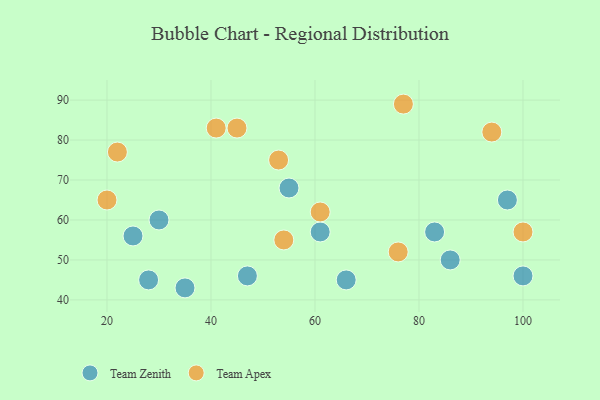
{"axis": {"x": "GDP", "y": "Life Expectancy"}, "legend": ["Team Apex", "Team Zenith"], "data": [{"x": "86", "y": 50, "type": "Team Zenith"}, {"x": "25", "y": 56, "type": "Team Zenith"}, {"x": "66", "y": 45, "type": "Team Zenith"}, {"x": "30", "y": 60, "type": "Team Zenith"}, {"x": "97", "y": 65, "type": "Team Zenith"}, {"x": "35", "y": 43, "type": "Team Zenith"}, {"x": "55", "y": 68, "type": "Team Zenith"}, {"x": "100", "y": 46, "type": "Team Zenith"}, {"x": "83", "y": 57, "type": "Team Zenith"}, {"x": "28", "y": 45, "type": "Team Zenith"}, {"x": "61", "y": 57, "type": "Team Zenith"}, {"x": "47", "y": 46, "type": "Team Zenith"}, {"x": "20", "y": 65, "type": "Team Apex"}, {"x": "22", "y": 77, "type": "Team Apex"}, {"x": "100", "y": 57, "type": "Team Apex"}, {"x": "45", "y": 83, "type": "Team Apex"}, {"x": "53", "y": 75, "type": "Team Apex"}, {"x": "77", "y": 89, "type": "Team Apex"}, {"x": "41", "y": 83, "type": "Team Apex"}, {"x": "54", "y": 55, "type": "Team Apex"}, {"x": "61", "y": 62, "type": "Team Apex"}, {"x": "94", "y": 82, "type": "Team Apex"}, {"x": "76", "y": 52, "type": "Team Apex"}]}